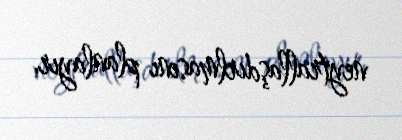
neytrallaşdırlmasını planlayır.